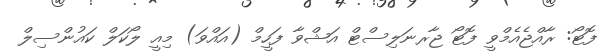
ފޮޓޯ: ރާއްޖެއެމްވީ ފޮޓޯ ޖާރނަލިސްޓް އަޝްވާ ފަހީމް (އައްވަ) މިއީ ލޯކަލް ކައުންސިލް